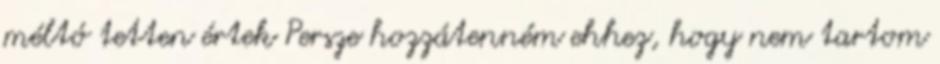
méltó tetten értek Persze hozzátenném ehhez, hogy nem tartom